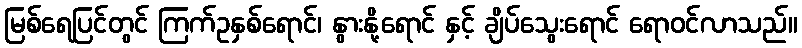
မြစ်ရေပြင်တွင် ကြက်ဥနှစ်ရောင်၊ နွားနို့ရောင် နှင့် ချိပ်သွေးရောင် ရောဝင်လာသည်။